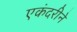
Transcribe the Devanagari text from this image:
एकंदरीने